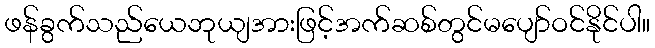
ဖန်ခွက်သည်ယေဘုယျအားဖြင့်အက်ဆစ်တွင်မပျော်ဝင်နိုင်ပါ။